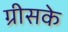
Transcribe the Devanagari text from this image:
ग्रीसके